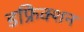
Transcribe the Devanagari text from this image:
डफ्रेिक्शन